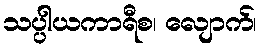
သပ္ပါယကာရီစ၊ လျောက်၊